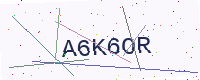
Text: A6K6OR